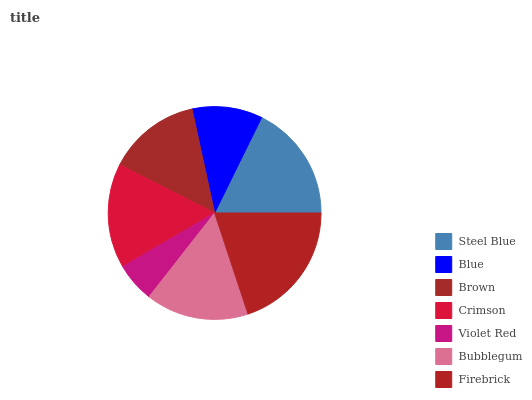
| Steel Blue | Blue | Brown | Crimson | Violet Red | Bubblegum | Firebrick |
 | --- | --- | --- | --- | --- | --- | --- |
 | 17.7% | 10.7% | 14.1% | 15.9% | 6.02% | 15.7% | 19.9% |